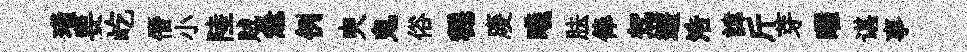
璜要屹僭小陸賊急例㬰鬼俗穩庱曦胠俸驾遊浩諱斤芽曜谌事